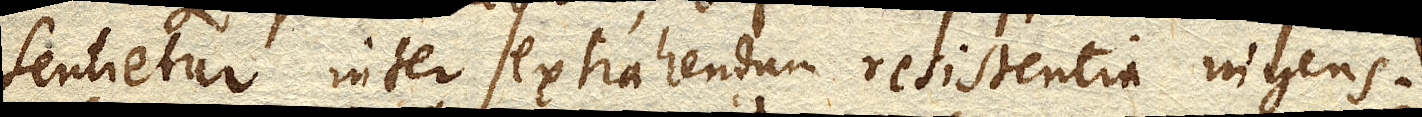
Sentietur inter extrahendam resistentia ingens.